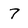
Character: 7